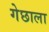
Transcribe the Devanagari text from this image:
गेछाला